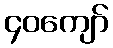
၄၀ကျော်